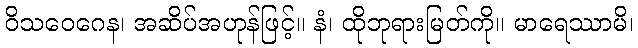
ဝိသဝေဂေန၊ အဆိပ်အဟုန်ဖြင့်။ နံ၊ ထိုဘုရားမြတ်ကို။ မာရေဿာမိ၊